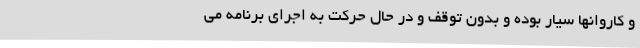
و کاروانها سیار بوده و بدون توقف و در حال حرکت به اجرای برنامه می